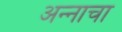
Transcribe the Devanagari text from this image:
अन्‍नाचा